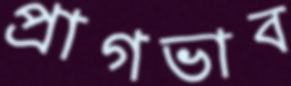
প্রাগভাব